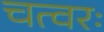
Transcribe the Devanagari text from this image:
चत्वरः